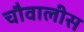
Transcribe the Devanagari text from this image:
चौवालीस